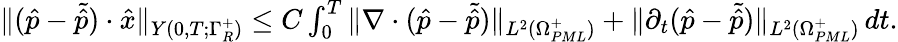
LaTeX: \begin{array}{r}{\| (\hat{p}-\tilde{\hat{p}})\cdot\hat{x}\| _{Y(0,T;\Gamma_{R}^{+})}\leq C\int_{0}^{T}\| \nabla\cdot(\hat{p}-\tilde{\hat{p}})\| _{L^{2}(\Omega_{PML}^{+})}+\| \partial_{t}(\hat{p}-\tilde{\hat{p}})\| _{L^{2}(\Omega_{PML}^{+})}\, dt.}\end{array}